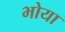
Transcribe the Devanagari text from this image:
भोया